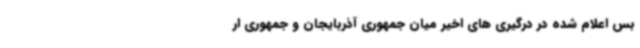
بس اعلام شده در درگیری های اخیر میان جمهوری آذربایجان و جمهوری ار